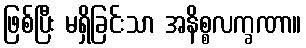
ဖြစ်ပြီး မရှိခြင်းသာ အနိစ္စလက္ခဏာ။